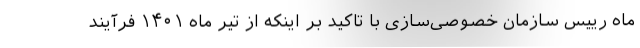
ماه رییس سازمان خصوصی‌سازی با تاکید بر اینکه از تیر ماه ۱۴۰۱ فرآیند